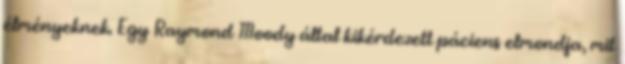
élményeknek. Egy Raymond Moody által kikérdezett páciens elmondja, mit